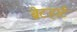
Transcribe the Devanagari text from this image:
ब्रेटहार्ट